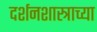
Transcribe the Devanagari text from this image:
दर्शनशास्त्राच्या